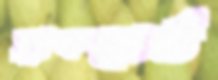
ব্ল্যাকবোর্ড